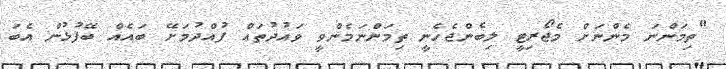
"ތިމަންނަ މެންނަށް މެޖޯރިޓީ ލިބެންޖެހެނީ ތިމަންނަމެންވީ ވައުދުތައް ފުއްދުމަށޭ ބައެއް ބޭފުޅުން އެބަ